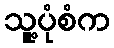
သူ့ပုံစံက